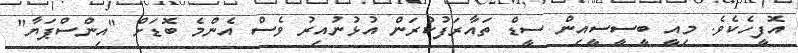
އޮފީހެކެވެ. މިއީ ބީސީސީއިން ސީޑް ތައާރަފުކުރަން އުޅުނުއިރު ވެސް އެންމެ ބޮޑަށް "އިންސްޕަޔާ"